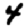
Digit: 4